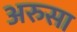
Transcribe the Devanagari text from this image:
अरुसा